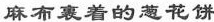
麻布裹番的葱花饼